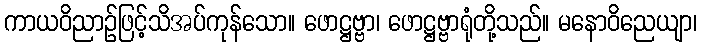
ကာယဝိညာဉ်ဖြင့်သိအပ်ကုန်သော။ ဖောဋ္ဌဗ္ဗာ၊ ဖောဋ္ဌဗ္ဗာရုံတို့သည်။ မနောဝိညေယျာ၊